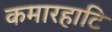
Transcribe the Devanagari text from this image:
कमारहाटि